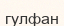
гулфан